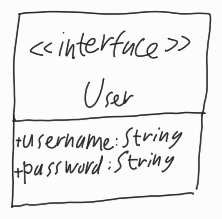
Diagram type: class_diagram
```plantuml
@startuml

interface User {
  + username: String
  + password: String
}

@enduml
```